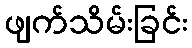
ဖျက်သိမ်းခြင်း